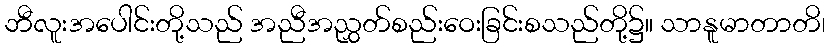
ဘီလူးအပေါင်းတို့သည် အညီအညွှတ်စည်းဝေးခြင်းစသည်တို့၌။ သာနူမာတာတိ၊